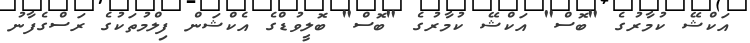
އަކްޝޭ ކުމާރުގެ "ބޮސް" އަކްޝޭ ކުމާރުގެ "ބޮސް" ބޮލީވުޑްގެ އެކްޝަން ފިލްމުތަކުގެ ރަސްގެފާނު